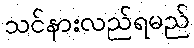
သင်နားလည်ရမည်